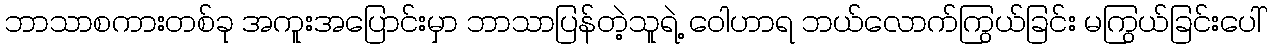
ဘာသာစကားတစ်ခု အကူးအပြောင်းမှာ ဘာသာပြန်တဲ့သူရဲ့ ဝေါဟာရ ဘယ်လောက်ကြွယ်ခြင်း မကြွယ်ခြင်းပေါ်